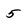
Character: 5